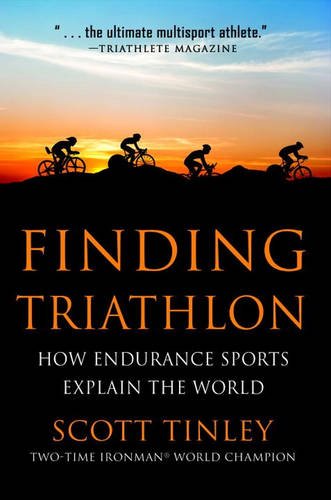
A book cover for Finding Triathlon: How Endurance Sports Explain the World; Scott Tinley; Health, Fitness & Dieting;